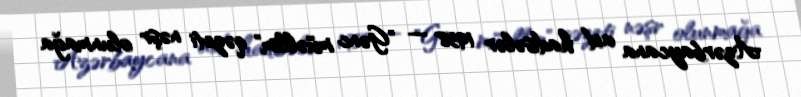
Azərbaycana aid hadisələr 1958 — "Gənc müəllim" qəzeti nəşr olunmağa